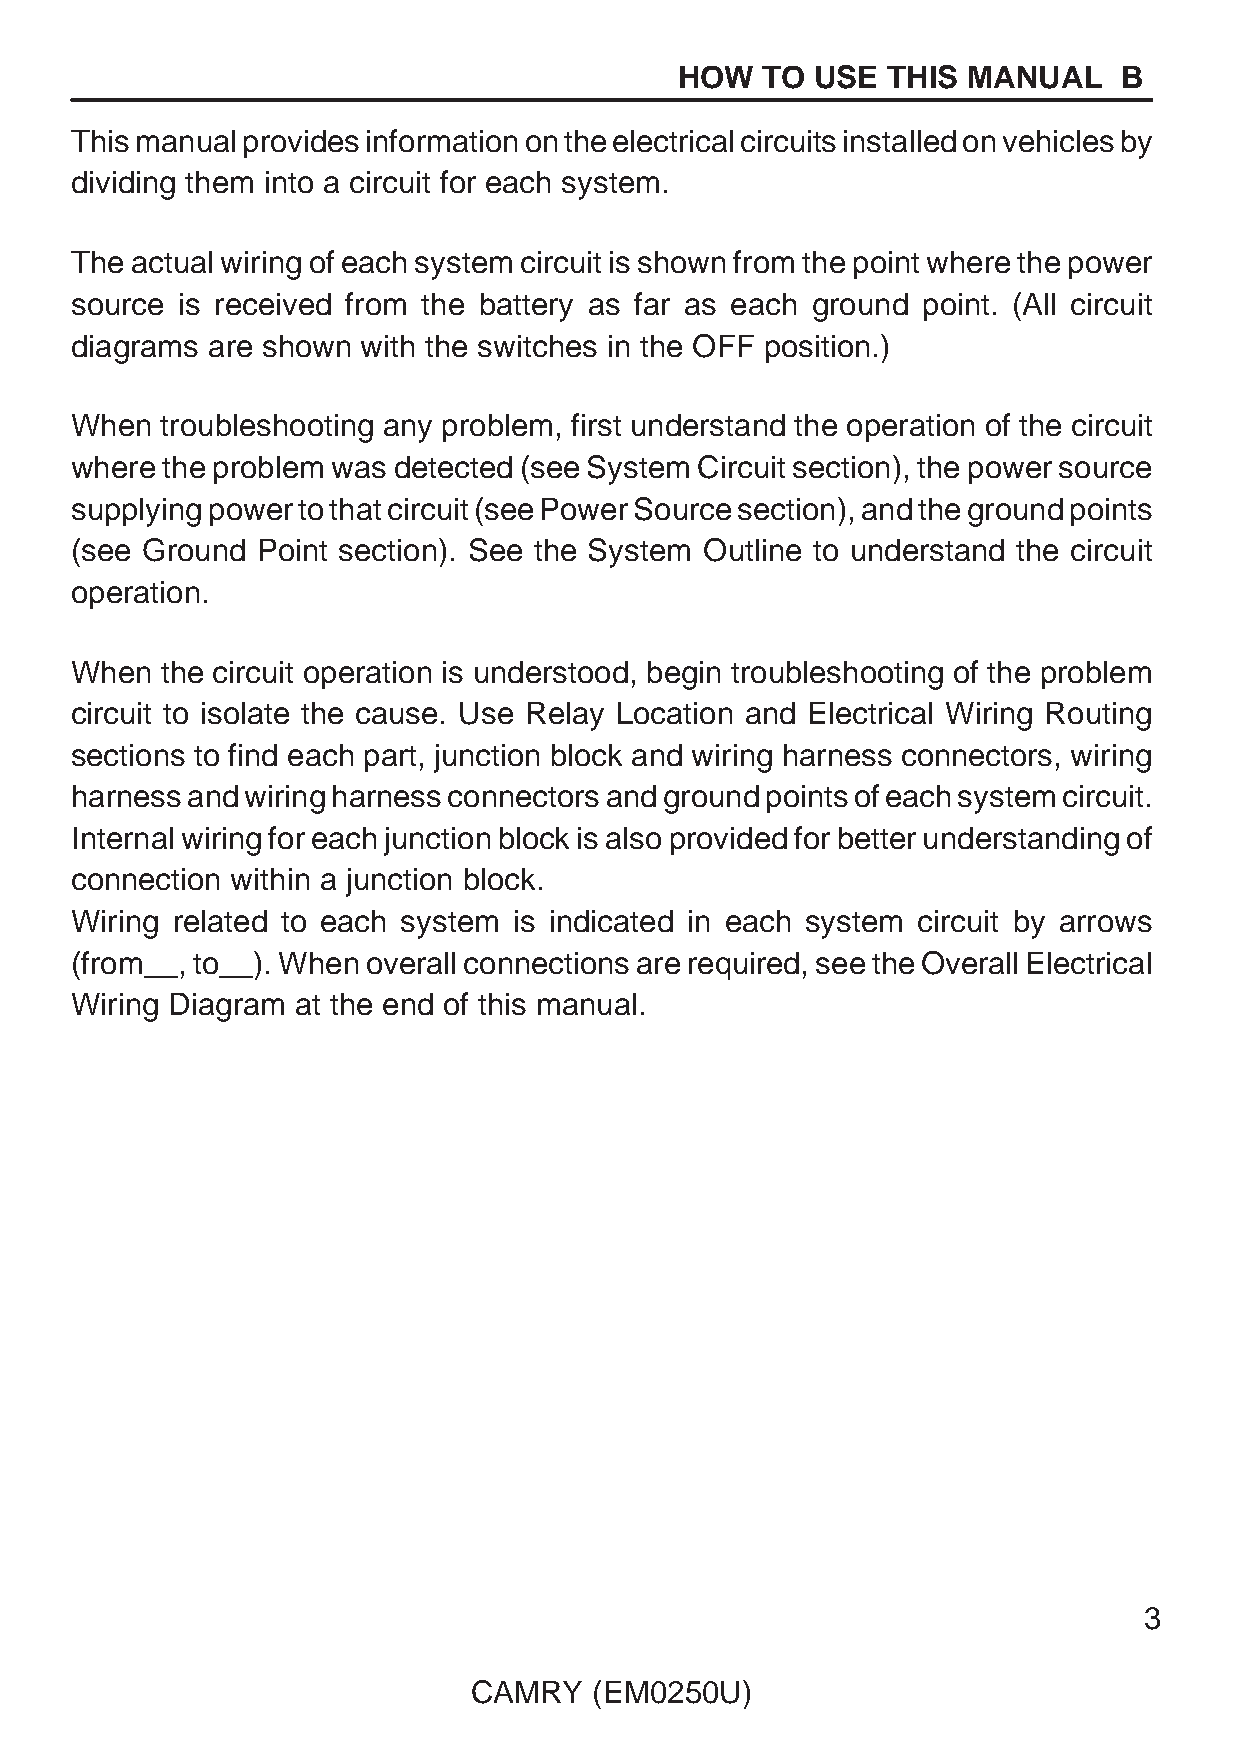
HOW   TO USE  THIS MANUAL    B
 This manual provides information on the electrical circuits installed on vehicles by
 dividing them into a circuit for each system.
 The actual wiring of each system circuit is shown from the point where the power
 source is received from the battery as far as each ground point. (All circuit
 diagrams are shown with the switches in the OFF position.)
 When  troubleshooting any problem, first understand the operation of the circuit
 where the problem was detected (see System Circuit section), the power source
 supplying power to that circuit (see Power Source section), and the ground points
 (see Ground Point section). See the System Outline to understand the circuit
 operation.
 When  the circuit operation is understood, begin troubleshooting of the problem
 circuit to isolate the cause. Use Relay Location and Electrical Wiring Routing
 sections to find each part, junction block and wiring harness connectors, wiring
 harness and wiring harness connectors and ground points of each system circuit.
 Internal wiring for each junction block is also provided for better understanding of
 connection within a junction block.
 Wiring related to each system is indicated in each system circuit by arrows
 (from__, to__). When overall connections are required, see the Overall Electrical
 Wiring Diagram at the end of this manual.
 3
 CAMRY   (EM0250U)